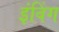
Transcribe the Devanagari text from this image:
इंविंग